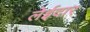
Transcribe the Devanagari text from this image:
लेईदार